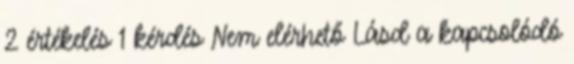
2 értékelés 1 kérdés Nem elérhető Lásd a kapcsolódó